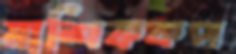
মাশিককপ